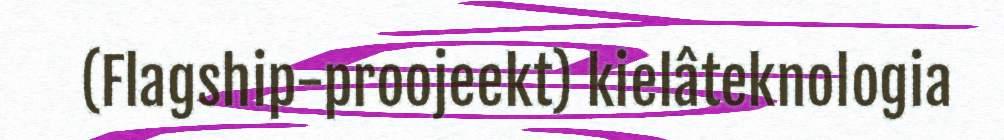
(Flagship-proojeekt) kielâteknologia